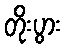
တိုးပွား